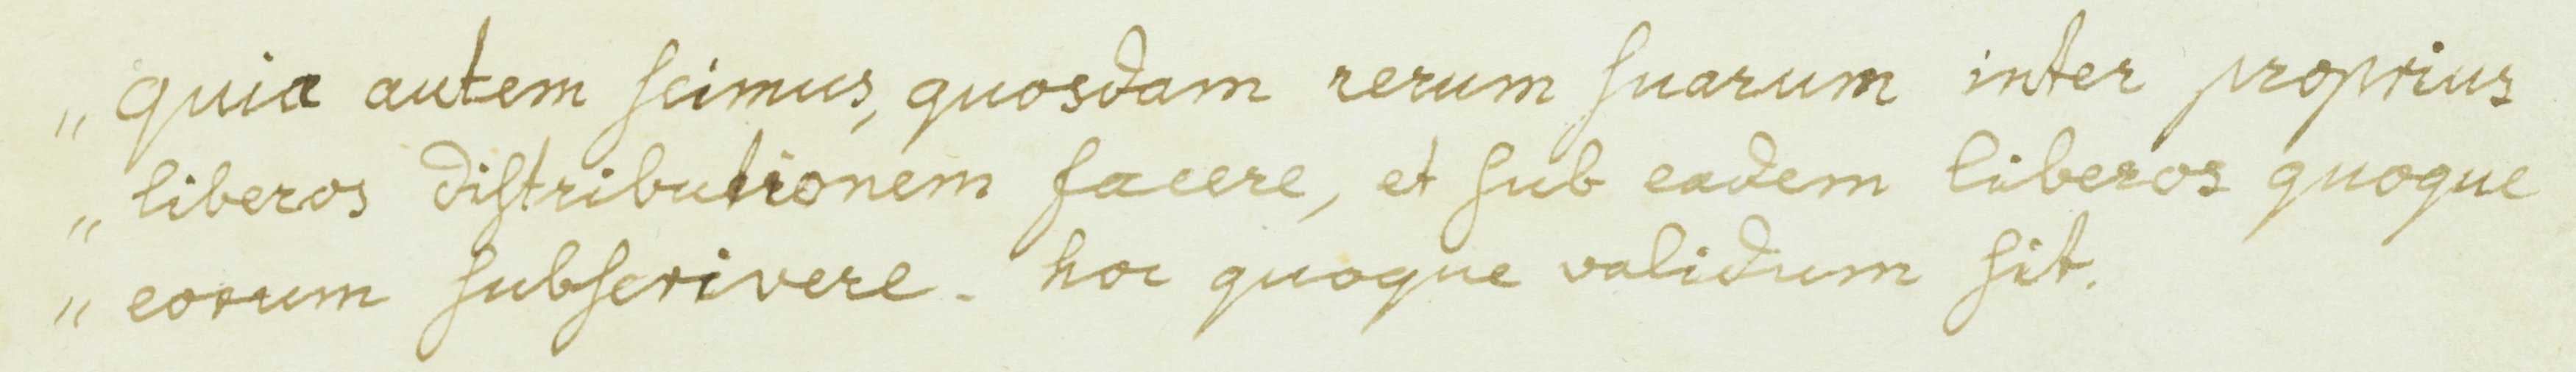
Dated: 900–999